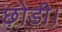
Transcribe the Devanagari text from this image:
छ़ोडी।